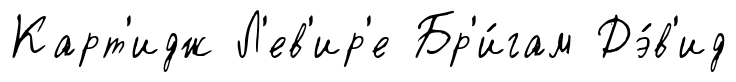
Карт'идж Л'ев'ир'е Бр'и́гам Дэ́в'ид